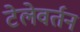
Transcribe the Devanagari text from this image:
टेलेवर्तन